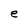
Character: e